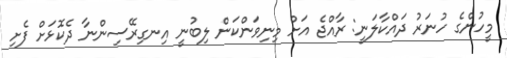
މީހުންގެ ހުނަރު ދައްކާލަނީ: ރާއްޖެ އަށް މިނިވަންކަން ލިބުނީ އިނގިރޭސިންނާ ދެކޮޅަށް ފެށި